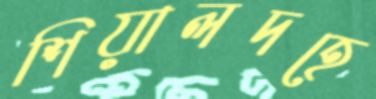
শিয়ালদহে